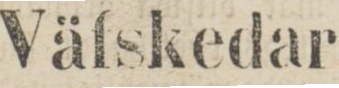
Väfskedar